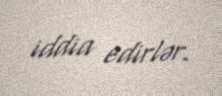
iddia edirlər.